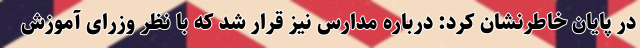
در پایان خاطرنشان کرد: درباره مدارس نیز قرار شد که با نظر وزرای آموزش